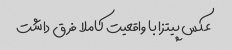
عکس پیتزا با واقعیت کاملا فرق داشت